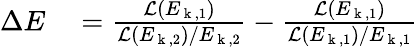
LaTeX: \begin{array}{rl}{\Delta E}&{{}=\frac{\mathcal{L}\left(E_{\mathrm{~k~},1}\right)}{\mathcal{L}\left(E_{\mathrm{~k~},2}\right)/E_{\mathrm{~k~},2}}-\frac{\mathcal{L}\left(E_{\mathrm{~k~},1}\right)}{\mathcal{L}\left(E_{\mathrm{~k~},1}\right)/E_{\mathrm{~k~},1}}}\end{array}